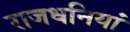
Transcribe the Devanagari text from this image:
राजधनियां